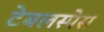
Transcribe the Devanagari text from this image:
टेबलस्पेस